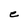
Character: e